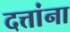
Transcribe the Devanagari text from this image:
दत्तांना